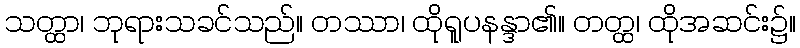
သတ္ထာ၊ ဘုရားသခင်သည်။ တဿာ၊ ထိုရူပနန္ဒာ၏။ တတ္ထ၊ ထိုအဆင်း၌။